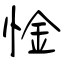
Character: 惍